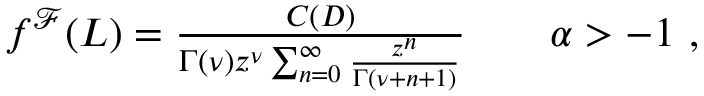
\begin{array} { r } { f ^ { \mathcal { F } } ( L ) = \frac { C ( D ) } { \Gamma ( \nu ) z ^ { \nu } \sum _ { n = 0 } ^ { \infty } \frac { z ^ { n } } { \Gamma ( \nu + n + 1 ) } } \qquad \alpha > - 1 \ , } \end{array}